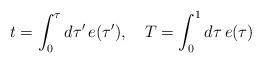
LaTeX: \begin{align*}t=\int_0^\tau d\tau'\,e(\tau'),\quad T=\int_0^1 d\tau\,e(\tau)\end{align*}